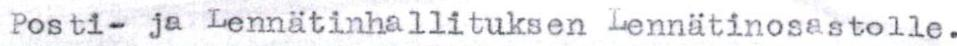
Posti- ja Lennätinhallituksen Lennätinosastolle.